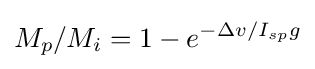
M_{p}/M_{i}=1-e^{-\Delta v/I_{sp}g}